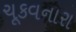
ચૂકવનારા